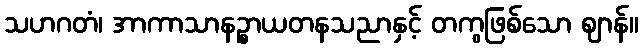
သဟဂတံ၊ အာကာသာနဉ္စာယတနသညာနှင့် တကွဖြစ်သော ဈာန်။